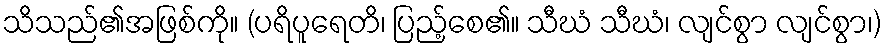
သိသည်၏အဖြစ်ကို။ (ပရိပူရေတိ၊ ပြည့်စေ၏။ သီဃံ သီဃံ၊ လျင်စွာ လျင်စွာ၊)